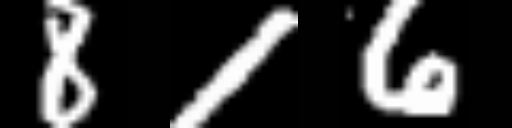
Text: 816